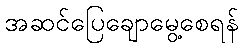
အဆင်ပြေချောမွေ့စေရန်